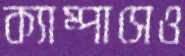
ক্যাম্পাসেও